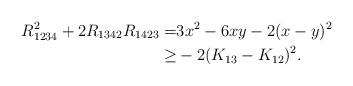
LaTeX: \begin{align*}R_{1234}^2 + 2 R_{1342} R_{1423}=& 3x^2 -6xy- 2(x-y)^2 \\\ge& -2(K_{13}-K_{12})^2 .\\\end{align*}